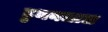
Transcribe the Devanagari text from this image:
डुमनलाल